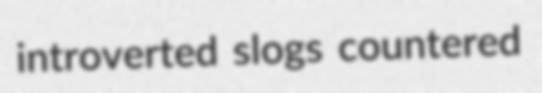
introverted slogs countered